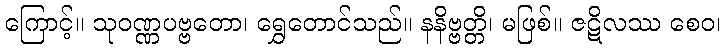
ကြောင့်။ သုဝဏ္ဏပဗ္ဗတော၊ ရွှေတောင်သည်။ နနိဗ္ဗတ္တိ၊ မဖြစ်။ ဇဋိလဿ စေဝ၊